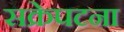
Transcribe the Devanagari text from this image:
सक्रेपटना